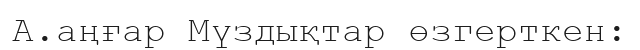
А.аңғар Мүздықтар өзгерткен: